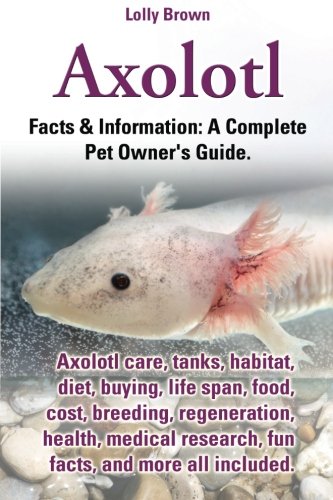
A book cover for Axolotl: Axolotl care, tanks, habitat, diet, buying, life span, food, cost, breeding, regeneration, health, medical research, fun facts, and more all ... & Information: A Complete Pet Owner's Guide.; Lolly Brown; Crafts, Hobbies & Home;